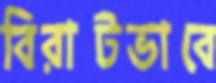
বিরাটভাবে